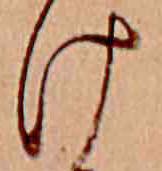
け